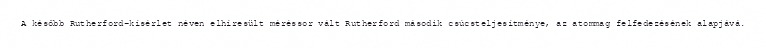
A később Rutherford-kísérlet néven elhíresült méréssor vált Rutherford második csúcsteljesítménye, az atommag felfedezésének alapjává.